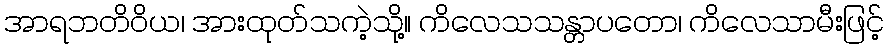
အာရဘတိဝိယ၊ အားထုတ်သကဲ့သို့။ ကိလေသသန္တာပတော၊ ကိလေသာမီးဖြင့်